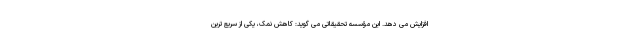
افزایش می دهد. این مؤسسه تحقیقاتی می گوید: کاهش نمک، یکی از سریع ترین